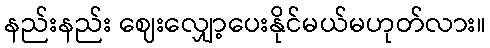
နည်းနည်း ဈေးလျှော့ပေးနိုင်မယ်မဟုတ်လား။